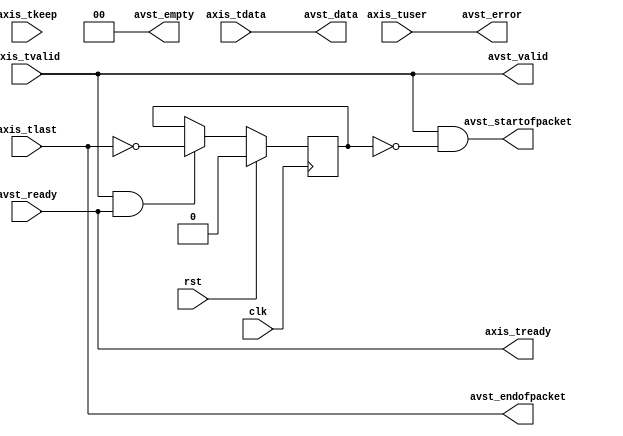
module axis2avst #(
    parameter DATA_WIDTH = 8,
    parameter KEEP_WIDTH = (DATA_WIDTH/8),
    parameter KEEP_ENABLE = (DATA_WIDTH>8),
    parameter EMPTY_WIDTH = $clog2(KEEP_WIDTH),
    parameter BYTE_REVERSE = 0
)
(
    input  wire                    clk,
    input  wire                    rst,

    input  wire [DATA_WIDTH-1:0]   axis_tdata,
    input  wire [KEEP_WIDTH-1:0]   axis_tkeep,
    input  wire                    axis_tvalid,
    output wire                    axis_tready,
    input  wire                    axis_tlast,
    input  wire                    axis_tuser,

    input  wire                    avst_ready,
    output wire                    avst_valid,
    output wire [DATA_WIDTH-1:0]   avst_data,
    output wire                    avst_startofpacket,
    output wire                    avst_endofpacket,
    output wire [EMPTY_WIDTH-1:0]  avst_empty,
    output wire                    avst_error
);

parameter BYTE_WIDTH = KEEP_ENABLE ? DATA_WIDTH / KEEP_WIDTH : DATA_WIDTH;

reg frame_reg = 1'b0;

generate

genvar n;

if (BYTE_REVERSE) begin : rev
    for (n = 0; n < KEEP_WIDTH; n = n + 1) begin
        assign avst_data[n*BYTE_WIDTH +: BYTE_WIDTH] = axis_tdata[(KEEP_WIDTH-n-1)*BYTE_WIDTH +: BYTE_WIDTH];
    end
end else begin
    assign avst_data = axis_tdata;
end

endgenerate

reg [EMPTY_WIDTH-1:0] empty;

assign avst_empty = empty;

integer k;

always @* begin
    empty = KEEP_WIDTH-1;
    for (k = 0; k < KEEP_WIDTH; k = k + 1) begin
        if (axis_tkeep[k]) begin
            empty = KEEP_WIDTH-1-k;
        end
    end
end

assign avst_valid = axis_tvalid;
assign avst_startofpacket = axis_tvalid & !frame_reg;
assign avst_endofpacket = axis_tlast;
assign avst_error = axis_tuser;

assign axis_tready = avst_ready;

always @(posedge clk) begin
    if (axis_tvalid && axis_tready) begin
        frame_reg <= !axis_tlast;
    end

    if (rst) begin
        frame_reg <= 1'b0;
    end
end

endmodule